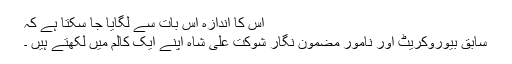
اس کا اندازہ اس بات سے لگایا جا سکتا ہے کہ
سابق بیوروکریٹ اور نامور مضمون نگار شوکت علی شاہ اپنے ایک کالم میں لکھتے ہیں ۔